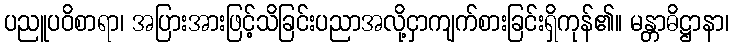
ပညူပဝိစာရာ၊ အပြားအားဖြင့်သိခြင်းပညာအလို့ငှာကျက်စားခြင်းရှိကုန်၏။ မန္တာဓိဋ္ဌာနာ၊